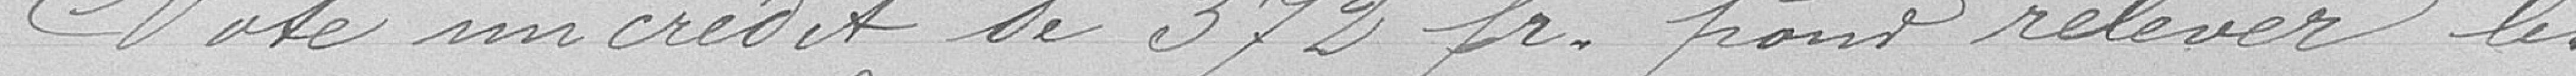
Vote un crédit de 372 francs pour relever les